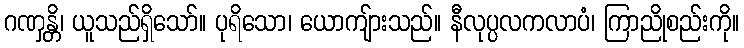
ဂဏှန္တိ၊ ယူသည်ရှိသော်။ ပုရိသော၊ ယောကျ်ားသည်။ နီလုပ္ပလကလာပံ၊ ကြာညိုစည်းကို။